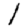
Digit: 1